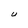
Character: U